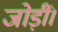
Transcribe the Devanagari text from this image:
जोड़ीं।